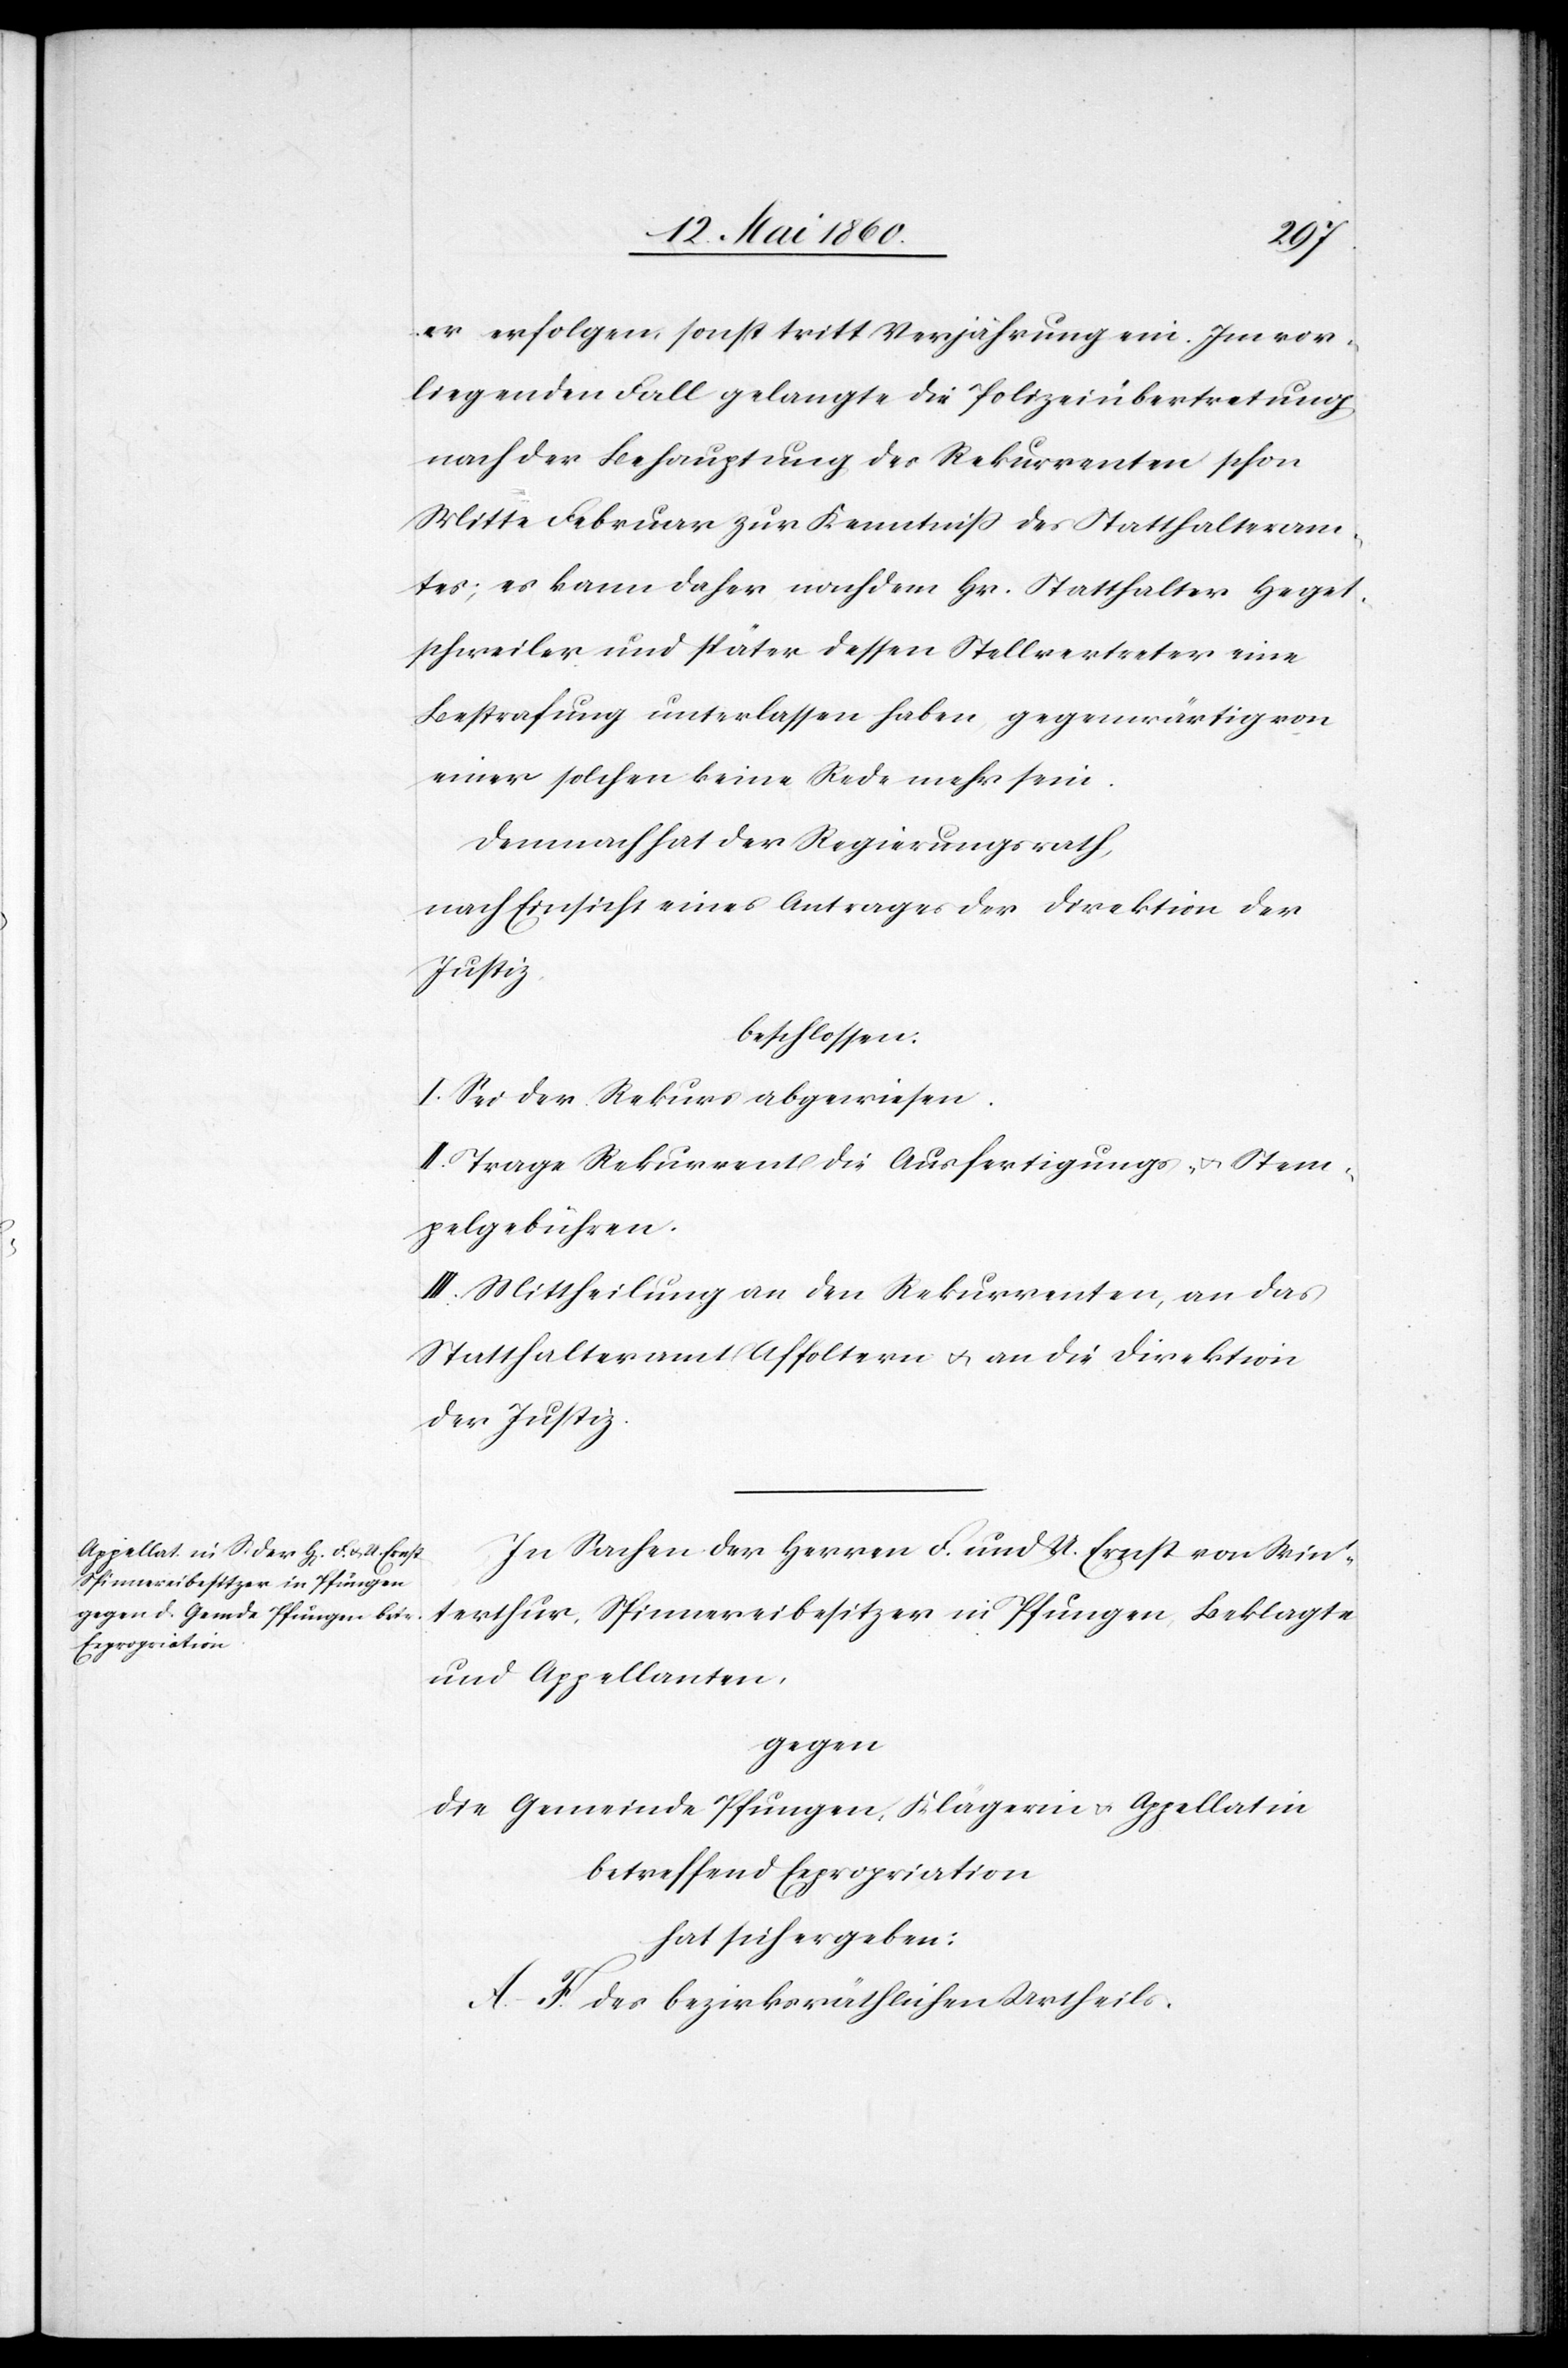
erfolgen, sonst tritt Verjährung ein. Im vor¬
liegenden Fall gelangte die Polizeiübertretung
nach der Behauptung der Rekurrenten schon
Mitte Februar zur Kenntniss des Statthalteram¬
tes; es kann daher nachdem Hr. Statthalter Heget¬
schweiler und später dessen Stellvertreter eine
Bestrafung unterlassen haben, gegenwärtig von
einer solchen keine Rede mehr sein.
Demnach hat der Regierungsrath,
nach Einsicht eines Antrages der Direktion der
Justiz,
beschlossen:
I. Sei der Rekurs abgewiesen.
II. Trage Rekurrent die Ausfertigungs- u. Stem¬
pelgebühren.
III. Mittheilung an den Rekurrenten, an das
Statthalteramt Affoltern u. an die Direktion
der Justiz.
In Sachen der Herren F. und U. Ernst von Win¬
terthur, Spinnereibesitzer in Pfungen, Beklagte
und Appellanten,
gegen
die Gemeinde Pfungen, Klägerin u. Appellatin
betreffend Expropriation
hat sich ergeben:
A.– F des bezirksräthlichen Urtheils.